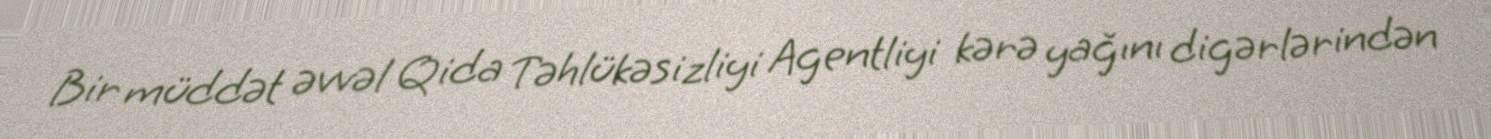
Bir müddət əvvəl Qida Təhlükəsizliyi Agentliyi kərə yağını digərlərindən